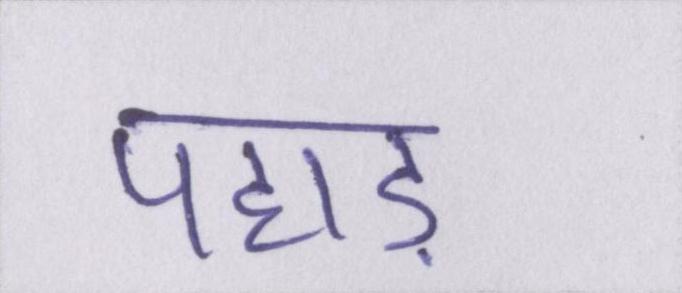
पहाड़